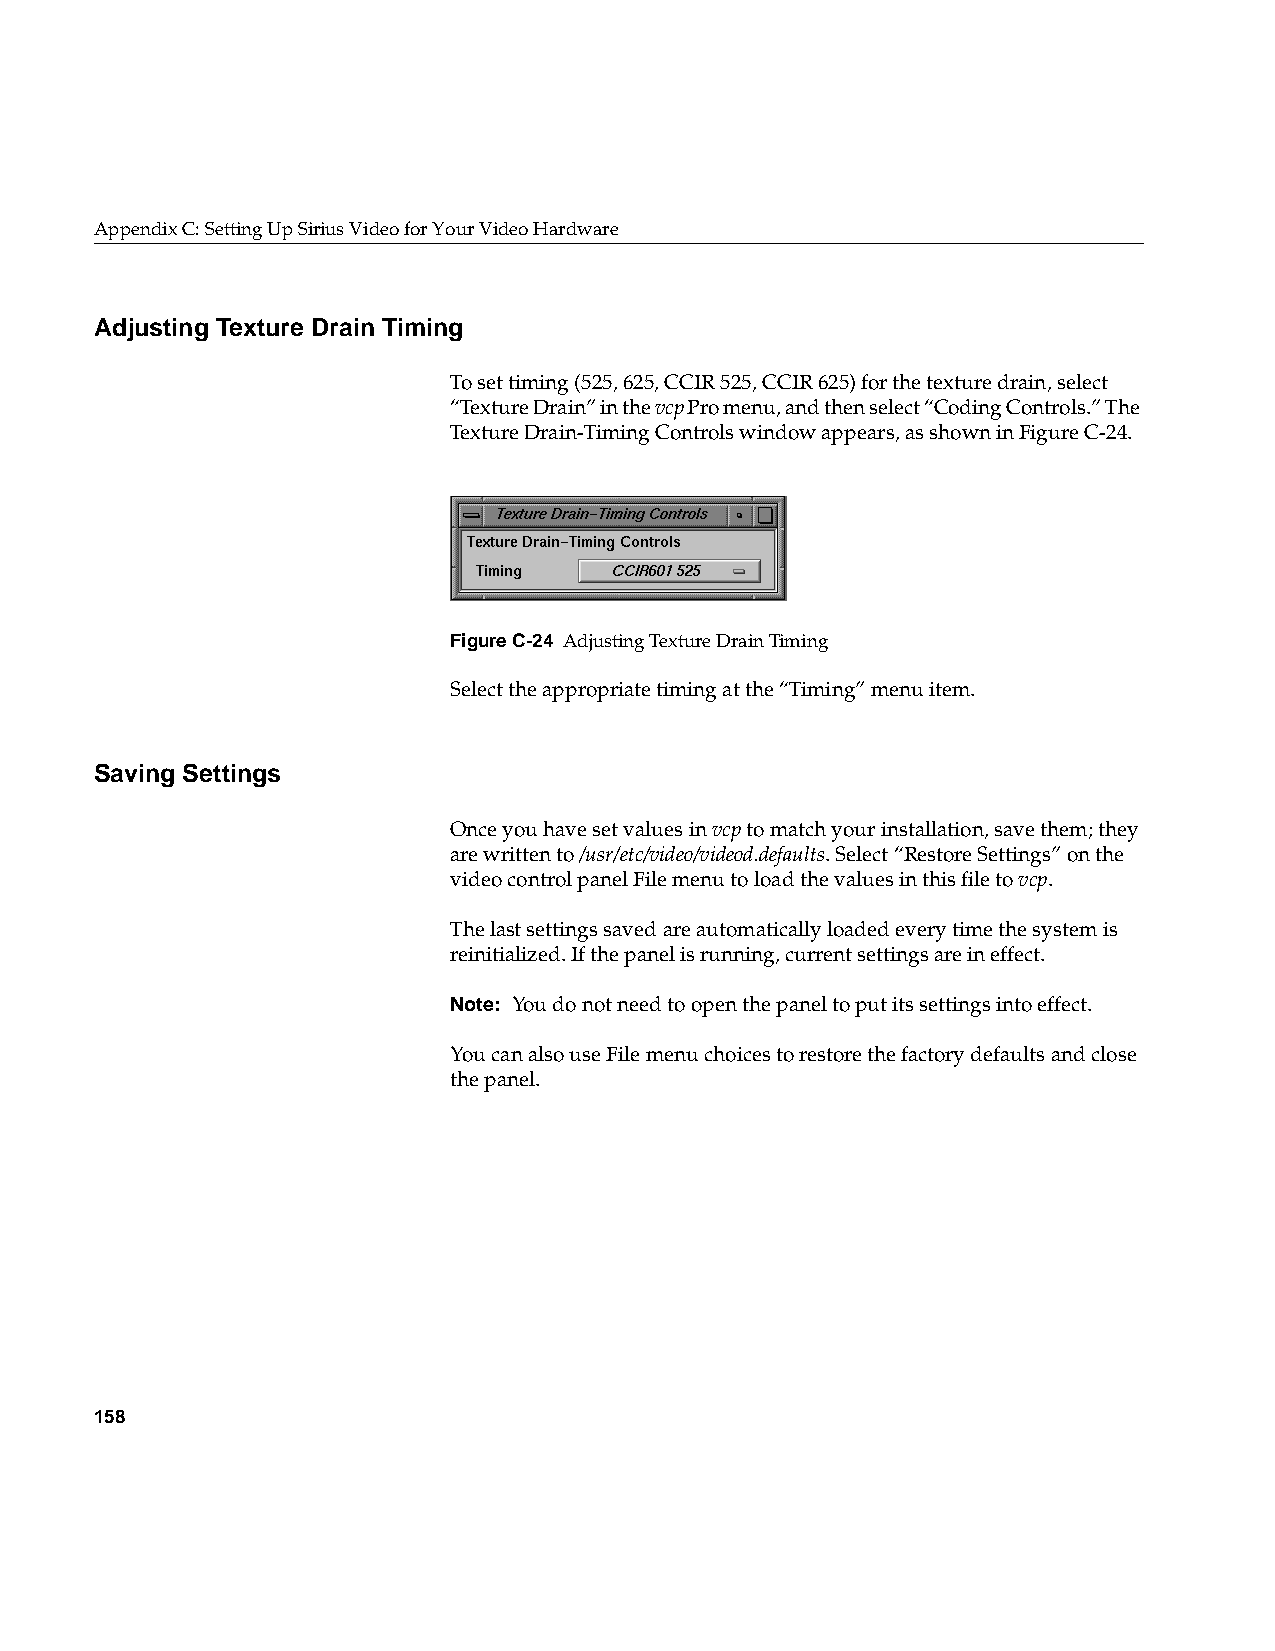
AppendixC: Setting Up Sirius Video for Your Video Hardware
 Adjusting Texture Drain Timing
 To set timing (525, 625, CCIR 525, CCIR 625) for the texture drain, select
 “Texture Drain” in thevcp Pro menu, and then select “Coding Controls.” The
 Texture Drain-Timing Controls window appears, as shown in FigureC-24.
 FigureC-24 Adjusting Texture Drain Timing
 Select the appropriate timing at the “Timing” menu item.
 Saving Settings
 Once you have set values invcp to match your installation, save them; they
 are written to/usr/etc/video/videod.defaults. Select “Restore Settings” on the
 video control panel File menu to load the values in this file tovcp.
 The last settings saved are automatically loaded every time the system is
 reinitialized. If the panel is running, current settings are in effect.
 Note: You do not need to open the panel to put its settings into effect.
 You can also use File menu choices to restore the factory defaults and close
 the panel.
 158